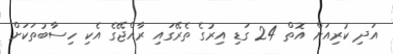
އަދި ކުރިއަށް އޮތް 24 ގަޑި އިރުގެ ތެރޭގައި ރާއްޖޭގެ އެކި ހިސާބުތަކަށް